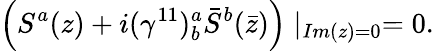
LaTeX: \left(S^{a}(z)+i(\gamma^{11})_{b}^{a}\bar{S}^{b}(\bar{z})\right)\mid_{Im(z)=0}=0.